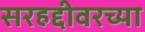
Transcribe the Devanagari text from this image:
सरहद्दीवरच्या